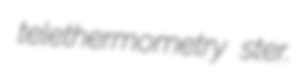
telethermometry ster.